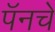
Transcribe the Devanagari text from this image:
पॅनचे